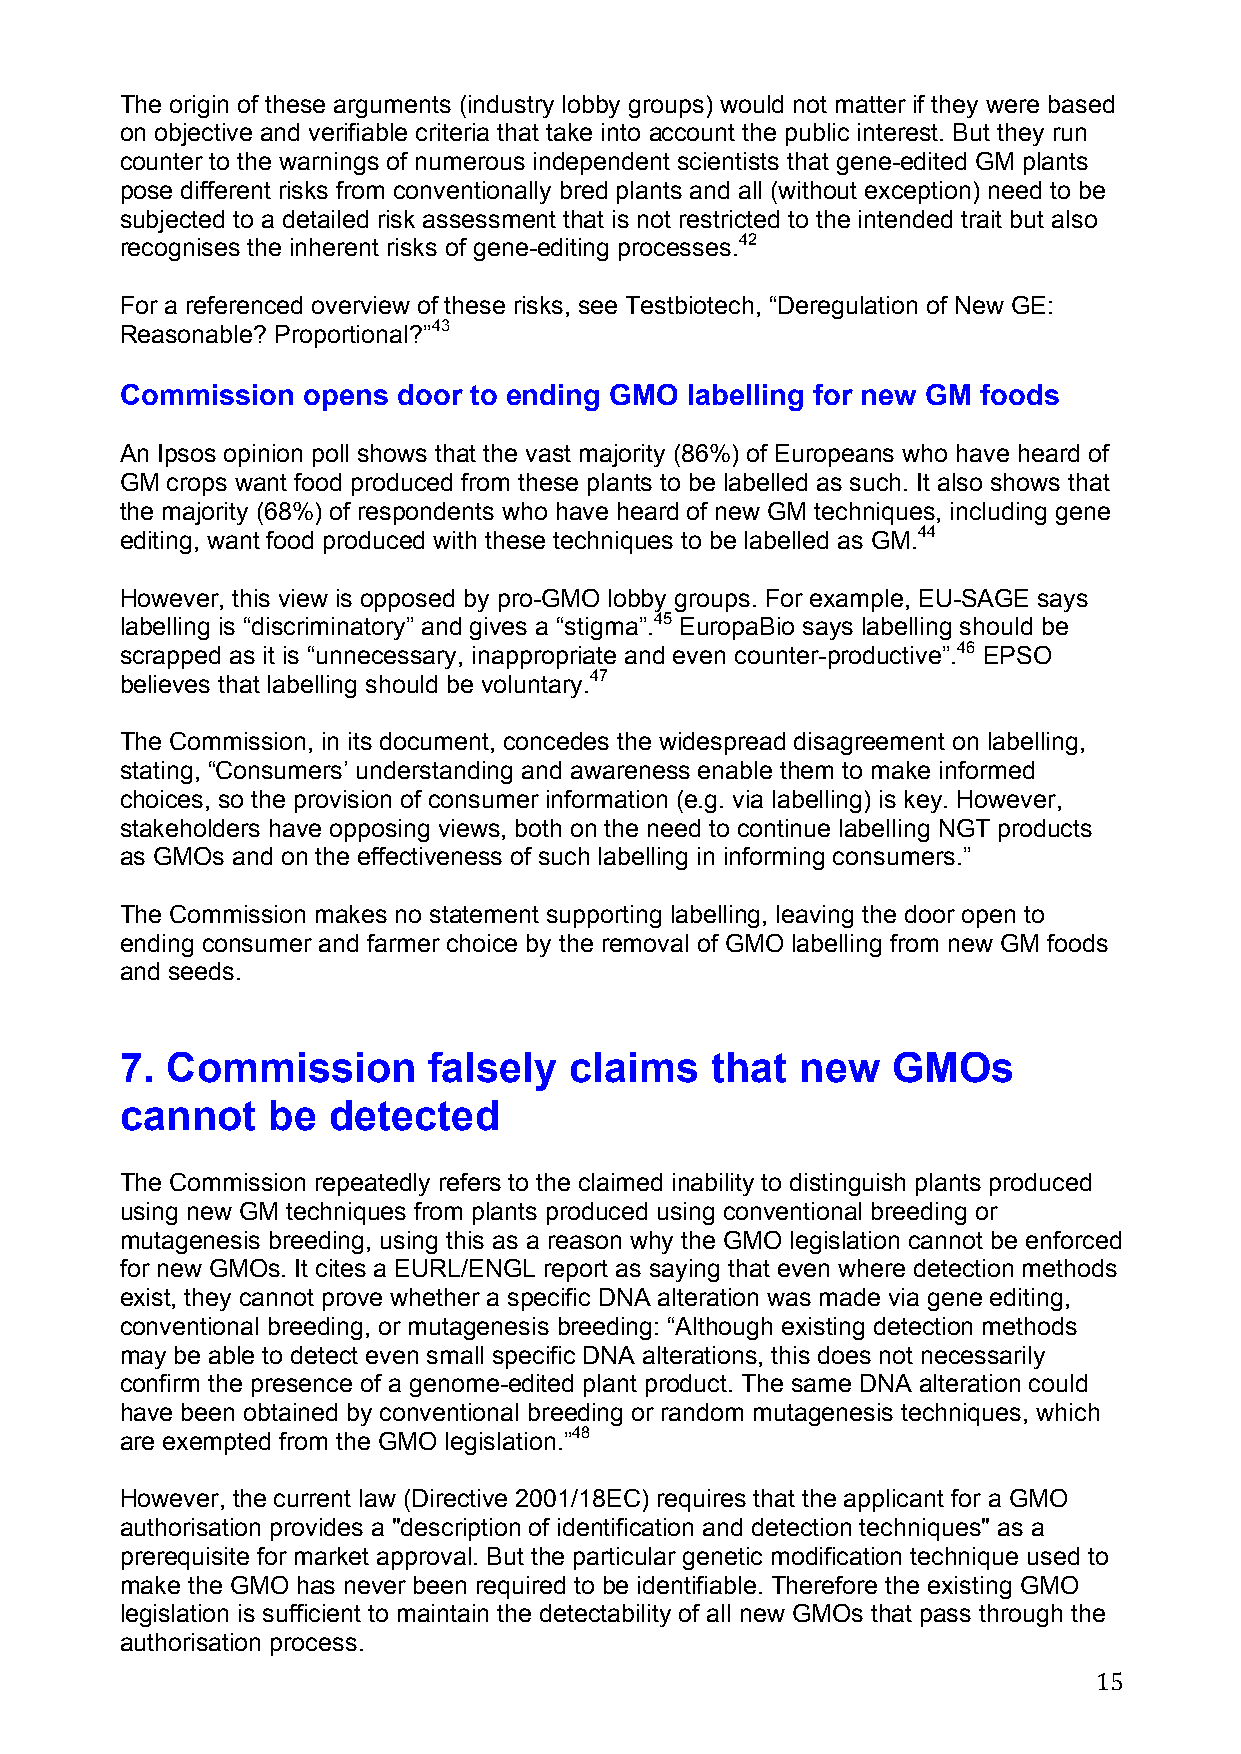
The origin of these arguments (industry lobby groups) would not matter if they were based
 on objective and verifiable criteria that take into account the public interest. But they run
 counter to the warnings of numerous independent scientists that gene-edited GM plants
 pose different risks from conventionally bred plants and all (without exception) need to be
 subjected to a detailed risk assessment that is not restricted to the intended trait but also
 recognises the inherent risks of gene-editing processes.42
 For a referenced overview of these risks, see Testbiotech, “Deregulation of New GE:
 Reasonable? Proportional?”43
 Commission  opens door to ending GMO labelling for new GM foods
 An Ipsos opinion poll shows that the vast majority (86%) of Europeans who have heard of
 GM crops want food produced from these plants to be labelled as such. It also shows that
 the majority (68%) of respondents who have heard of new GM techniques, including gene
 editing, want food produced with these techniques to be labelled as GM.44
 However, this view is opposed by pro-GMO lobby groups. For example, EU-SAGE says
 labelling is “discriminatory” and gives a “stigma”.45 EuropaBio says labelling should be
 scrapped as it is “unnecessary, inappropriate and even counter-productive”.46 EPSO
 believes that labelling should be voluntary.47
 The Commission, in its document, concedes the widespread disagreement on labelling,
 stating, “Consumers’ understanding and awareness enable them to make informed
 choices, so the provision of consumer information (e.g. via labelling) is key. However,
 stakeholders have opposing views, both on the need to continue labelling NGT products
 as GMOs and on the effectiveness of such labelling in informing consumers.”
 The Commission makes no statement supporting labelling, leaving the door open to
 ending consumer and farmer choice by the removal of GMO labelling from new GM foods
 and seeds.
 7. Commission       falsely   claims   that  new   GMOs
 cannot    be  detected
 The Commission repeatedly refers to the claimed inability to distinguish plants produced
 using new GM techniques from plants produced using conventional breeding or
 mutagenesis breeding, using this as a reason why the GMO legislation cannot be enforced
 for new GMOs. It cites a EURL/ENGL report as saying that even where detection methods
 exist, they cannot prove whether a specific DNA alteration was made via gene editing,
 conventional breeding, or mutagenesis breeding: “Although existing detection methods
 may be able to detect even small specific DNA alterations, this does not necessarily
 confirm the presence of a genome-edited plant product. The same DNA alteration could
 have been obtained by conventional breeding or random mutagenesis techniques, which
 are exempted from the GMO legislation.”48
 However, the current law (Directive 2001/18EC) requires that the applicant for a GMO
 authorisation provides a "description of identification and detection techniques" as a
 prerequisite for market approval. But the particular genetic modification technique used to
 make the GMO has never been required to be identifiable. Therefore the existing GMO
 legislation is sufficient to maintain the detectability of all new GMOs that pass through the
 authorisation process.
 15